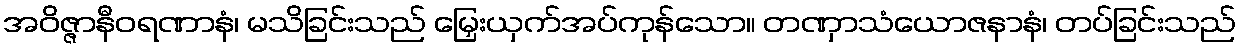
အဝိဇ္ဇာနီဝရဏာနံ၊ မသိခြင်းသည် မြှေးယှက်အပ်ကုန်သော။ တဏှာသံယောဇနာနံ၊ တပ်ခြင်းသည်